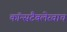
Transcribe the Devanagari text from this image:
कॉन्सटैबलेरवाच